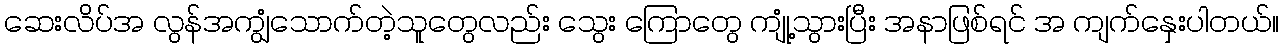
ဆေးလိပ်အ လွန်အကျွံသောက်တဲ့သူတွေလည်း သွေး ကြောတွေ ကျုံ့သွားပြီး အနာဖြစ်ရင် အ ကျက်နှေးပါတယ်။